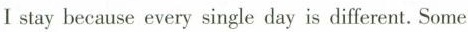
Ⅰstay because every single day is different. Some